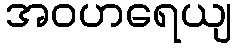
အဝဟရေယျ